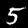
Digit: 5